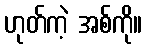
ဟုတ်ကဲ့ အစ်ကို။